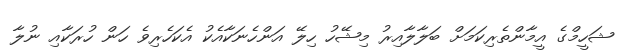
ޝަހީމްގެ އީމާންތެރިކަމަށް ބަލާލާއިރު މިޝޭހު ހިލޭ އަންހެނަކާއެކު އެކަހެރިވެ ހަން ހުރަކާއި ނުލާ